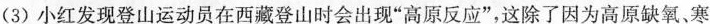
(3)小红发现登山运动员在西藏登山时会出现”高原反应”，这除了因为高原缺氧，寒